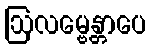
ဩလမ္ဗေန္တာပေ